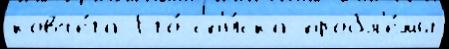
ковче́га Его́ сп'и́ска пробл'е́мы